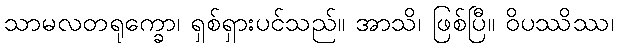
သာမလတရုက္ခော၊ ရှစ်ရှားပင်သည်။ အာသိ၊ ဖြစ်ပြီ။ ဝိပဿိဿ၊